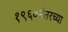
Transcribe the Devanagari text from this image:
१९६०नंतरच्या